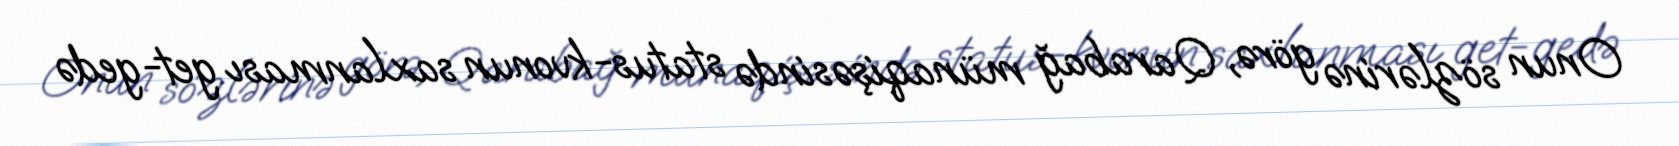
Onun sözlərinə görə, Qarabağ münaqişəsində status-kvonun saxlanması get-gedə